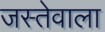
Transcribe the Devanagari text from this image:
जस्तेवाला